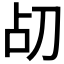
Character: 𪟂